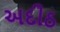
અદીઠ